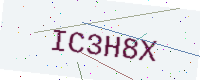
Text: IC3H8X